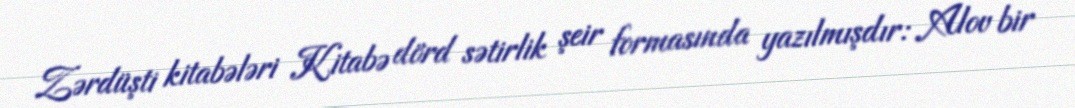
Zərdüşti kitabələri Kitabə dörd sətirlik şeir formasında yazılmışdır: Alov bir